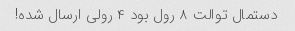
دستمال توالت ۸ رول بود ۴ رولی ارسال شده!